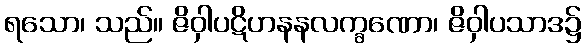
ရသော၊ သည်။ ဇိဝှါပဋိဟနနလက္ခဏော၊ ဇိဝှါပသာဒ၌